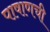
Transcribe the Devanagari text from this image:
पाषाणची